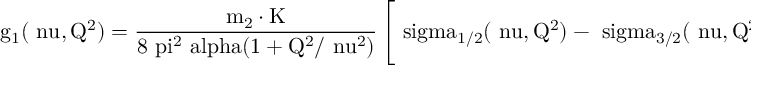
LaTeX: \mathrm { g _ { 1 } ( \ n u , Q ^ { 2 } ) = \frac { m _ { 2 } \cdot K } { 8 \ p i ^ { 2 } \ a l p h a ( 1 + Q ^ { 2 } / \ n u ^ { 2 } ) } \left[ \ s i g m a _ { 1 / 2 } ( \ n u , Q ^ { 2 } ) - \ s i g m a _ { 3 / 2 } ( \ n u , Q ^ { 2 } ) + \frac { 2 \sqrt { Q ^ { 2 } } } { \ n u } \ s i g m a _ { T L } ( \ n u , Q ^ { 2 } ) \right] }